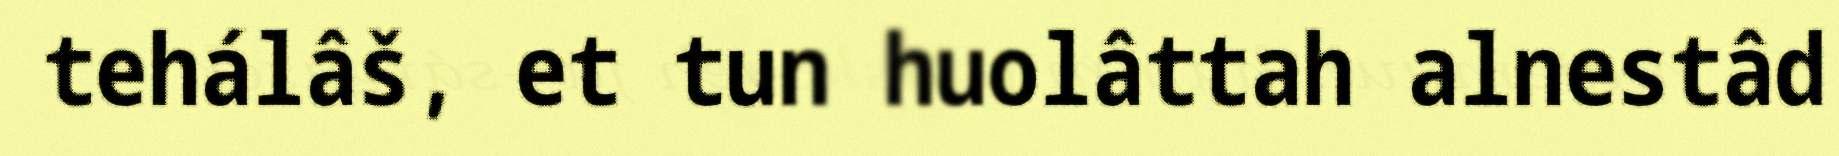
tehálâš, et tun huolâttah alnestâd